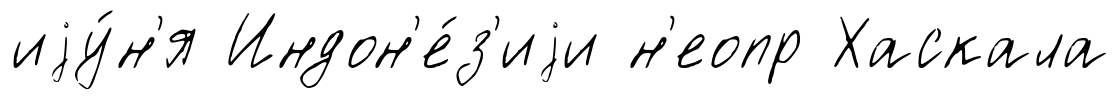
иjу́н'я Индон'е́з'иjи н'еопр Хаскала